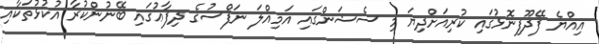
އިއްޔެ ފޭދޫފިނޮޅުގައި ކުރިއަށްދިޔަ މި ސެޝަންގައި އަމިއްލަ ނަފްސުގެ ދިފާޢުގައި ބޭނުންކުރާ އުކުޅުތަކާއި